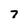
Character: 7